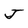
Character: J